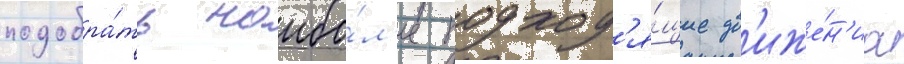
подобра́ть наибо́л'ее подход'я́щие дв'иже́н'иа